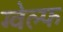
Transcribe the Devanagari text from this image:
ग्वेल्फ